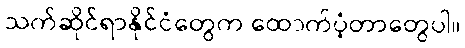
သက်ဆိုင်ရာနိုင်ငံတွေက ထောက်ပံ့တာတွေပါ။